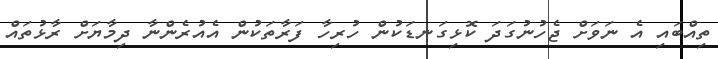
ތިއްބައި އެ ނަވަށް ޖެހުނުގަދަ ކޮޅިގަނޑަކުން ހުރިހާ ފަރާތަކުން އެއުރެންނާ ދިމާޔަށް ރާޅުތައް